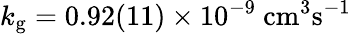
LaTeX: k_{\mathrm{g}}=0.92(11)\times 10^{-9}~\mathrm{cm^{3}s^{-1}}